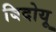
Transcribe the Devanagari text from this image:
बिदोयू